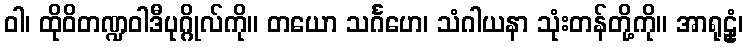
ဝါ၊ ထိုဝိတဏ္ဍဝါဒီပုဂ္ဂိုလ်ကို။ တယော သင်္ဂဟေ၊ သံဂါယနာ သုံးတန်တို့ကို။ အာရုဠှံ၊